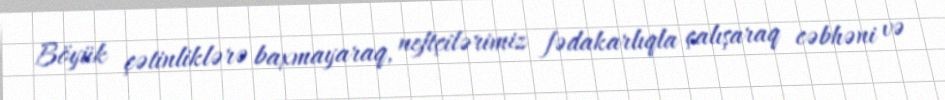
Böyük çətinliklərə baxmayaraq, neftçilərimiz fədakarlıqla çalışaraq cəbhəni və